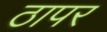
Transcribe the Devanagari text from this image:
ठापर